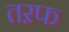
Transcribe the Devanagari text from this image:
तऱफ